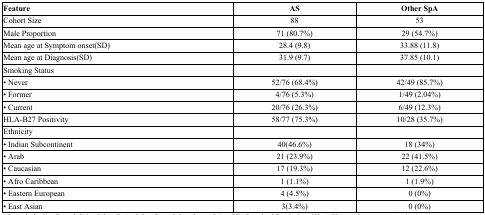
| Feature | AS | Other SpA |
 | --- | --- | --- |
 | Cohort Size | 88 | 53 |
 | Male Proportion | 71 (80.7%) | 29 (54.7%) |
 | Mean age at Symptom onset(SD) | 28.4 (9.8) | 33.88 (11.8) |
 | Mean age at Diagnosis(SD) | 31.9 (9.7) | 37.85 (10.1) |
 | Smoking Status |  |  |
 | • Never | 52/76 (68.4%) | 42/49 (85.7%) |
 | • Former | 4/76 (5.3%) | 1/49 (2.04%) |
 | • Current | 20/76 (26.3%) | 6/49 (12.3%) |
 | HLA-B27 Positivity | 58/77 (75.3%) | 10/28 (35.7%) |
 | Ethnicity |  |  |
 | • Indian Subcontinent | 40(46.6%) | 18 (34%) |
 | • Arab | 21 (23.9%) | 22 (41.5%) |
 | • Caucasian | 17 (19.3%) | 12 (22.6%) |
 | • Afro Caribbean | 1 (1.1%) | 1 (1.9%) |
 | • Eastern European | 4 (4.5%) | 0 (0%) |
 | • East Asian | 3(3.4%) | 0 (0%) |